Haapsalu_Metskond, lk 11
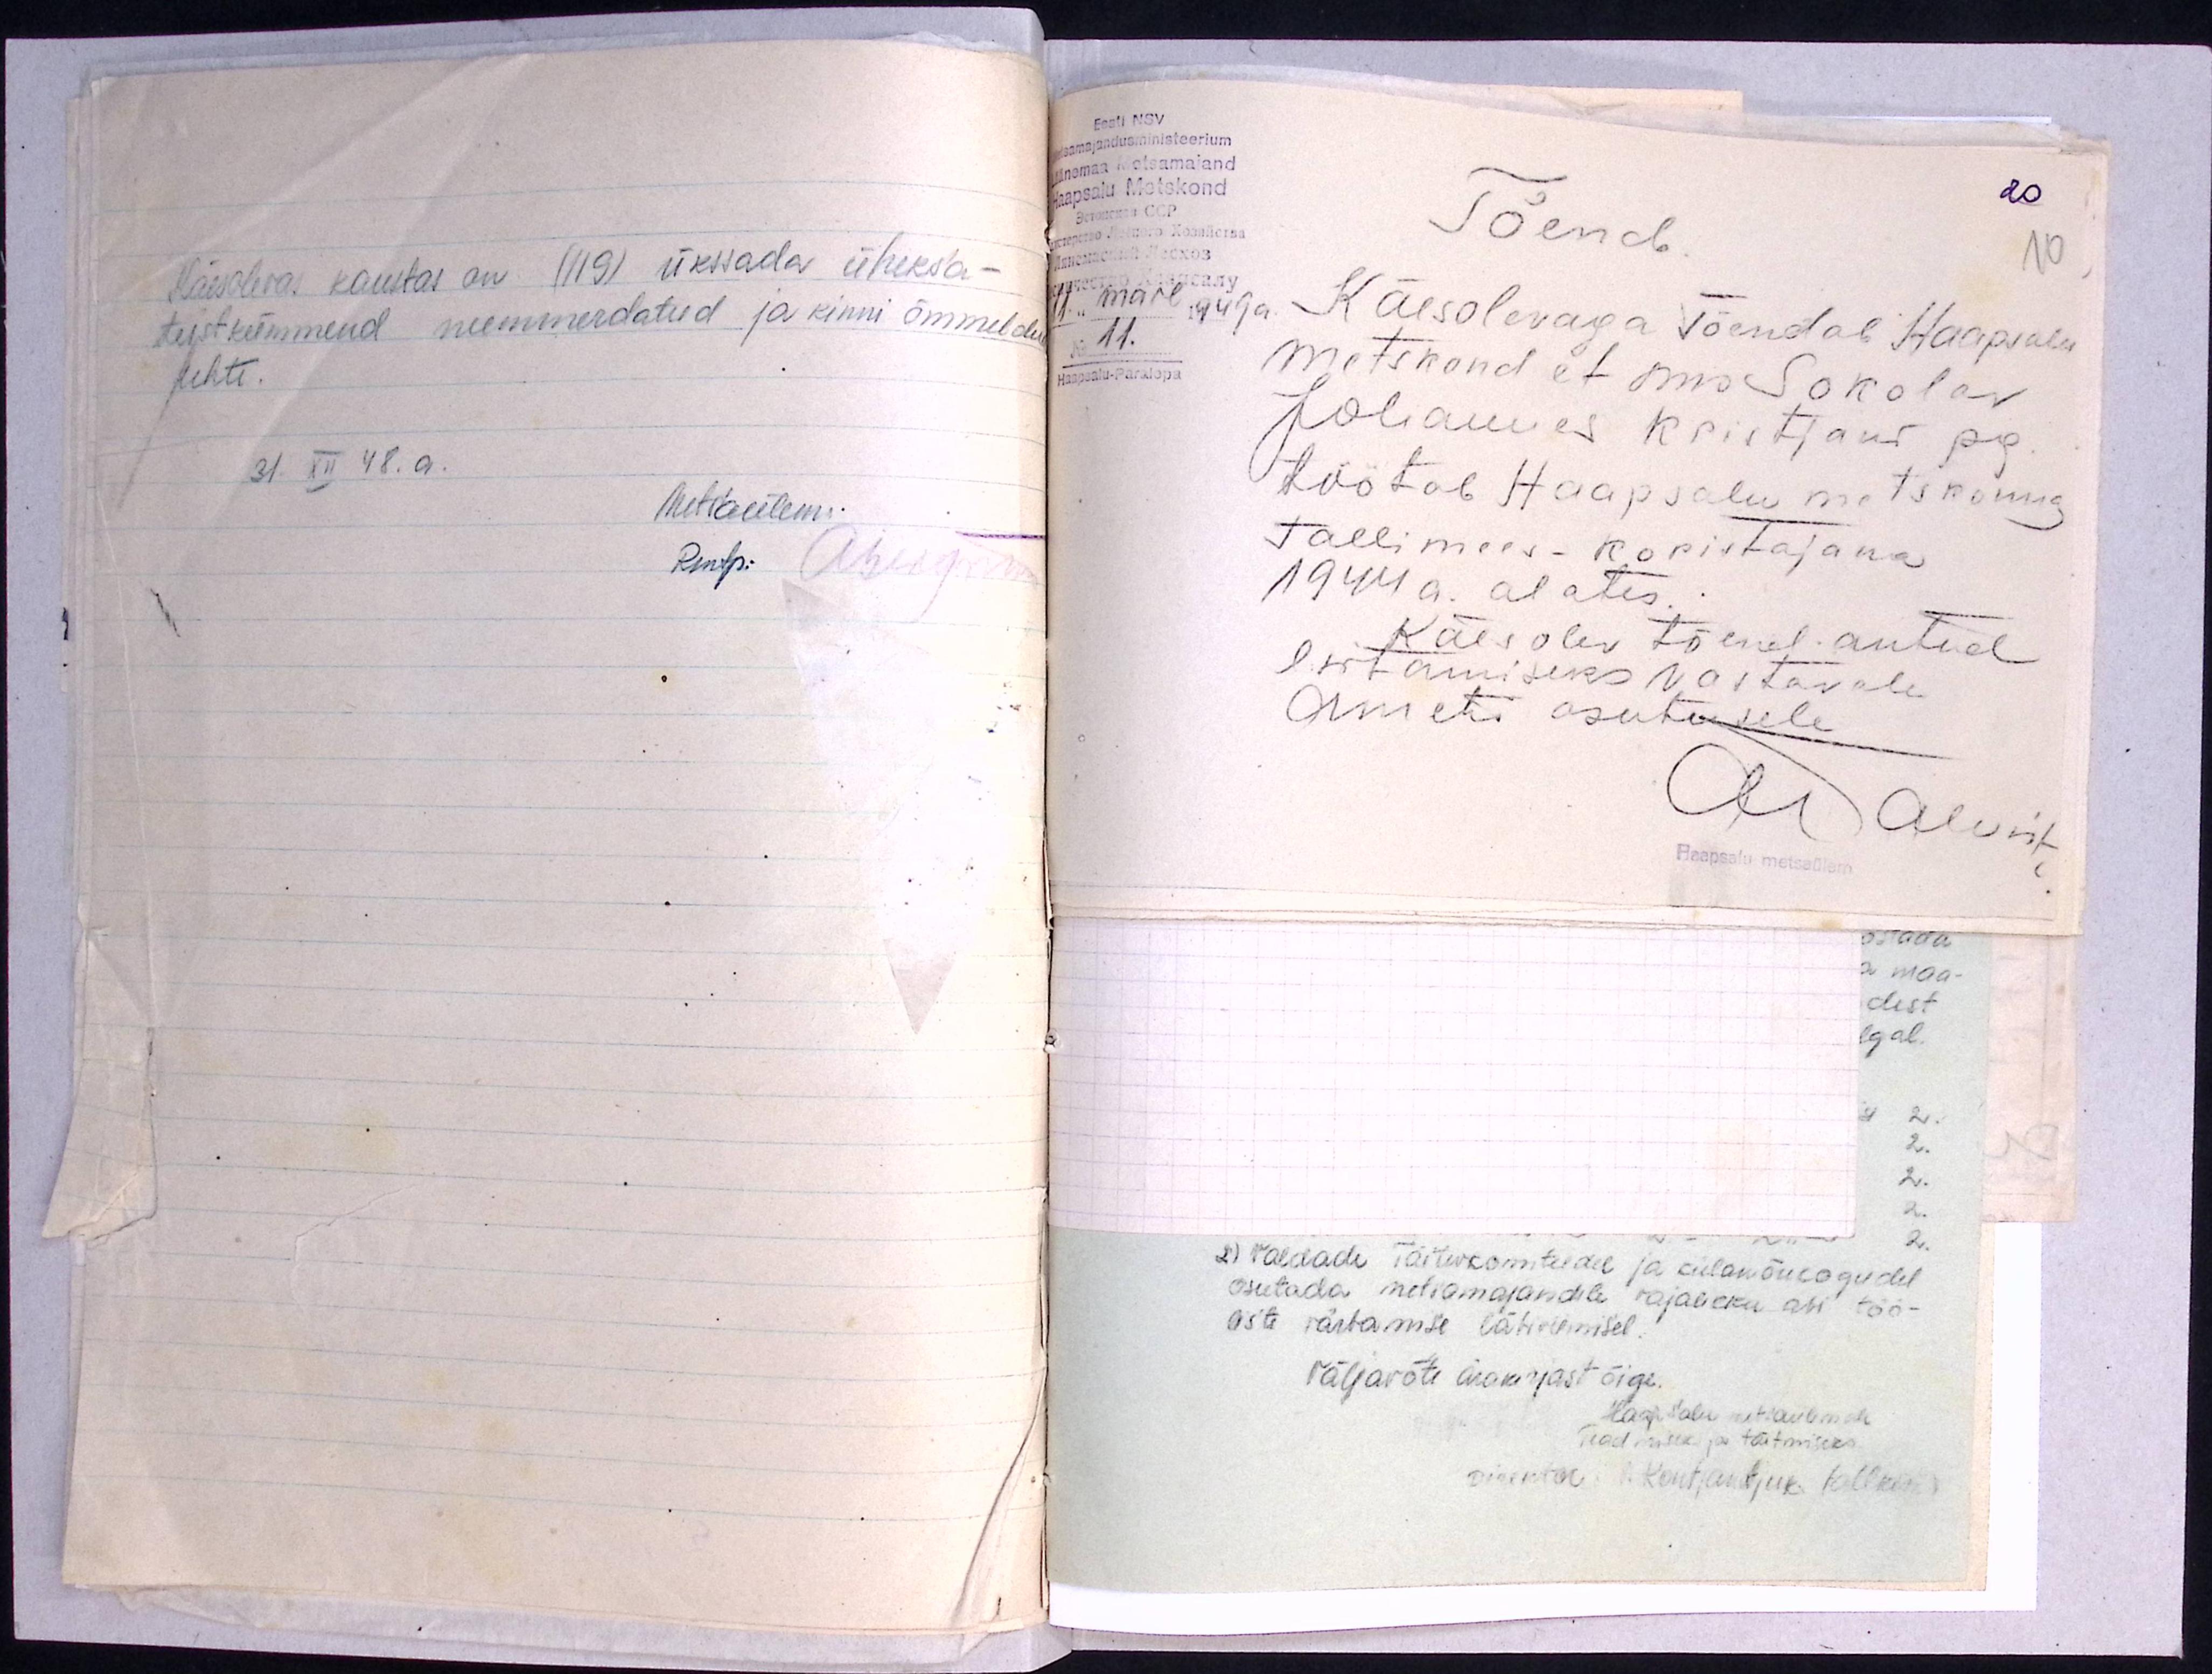
Käesolevas kaustas on (119) ükssada üheksa-
teistkümmend nummerdatud ja kinni õmmeldud
lehte.
31. XII 48. a.
Metsaülem.
Rmtp.

Eesi NSV
Metsamajandusministeerium
Läänemaa Metsamajand
Haapsalu Metskond
Tõend.
20
10
11." mail 1949a.
No  11.
Haapsalu-Paralepa
Käesolevaga Tõendab Haapsalu
Metskond et sms Sokolov
Johannes Kristjani pg.
töötab Haapsalu metskonna
tallimees - koristajana
1944 a. alates.
Käesolev tõend antud
esitamiseks vastavale
Ameti asutusele
ATalviste
Haapsalu metsaülem